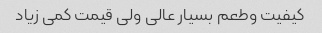
کیفیت وطعم بسیار عالی ولی قیمت کمی زیاد